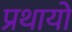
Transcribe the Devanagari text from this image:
प्रथायो